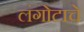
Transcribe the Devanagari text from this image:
लंगोटाचे